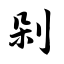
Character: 剁